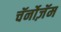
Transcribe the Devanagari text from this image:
चॅर्नोज़ॅम